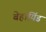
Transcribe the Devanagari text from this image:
बेहायिंड